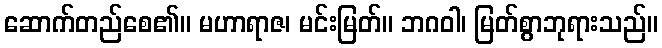
ဆောက်တည်စေ၏။ မဟာရာဇ၊ မင်းမြတ်။ ဘဂဝါ၊ မြတ်စွာဘုရားသည်။